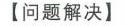
铺垫
如图1 - 1 - 2所示，在梯形 \(ABCD\) 中，\(AB\parallel CD\)，
\(AD = DC = CB = 2\)，\(AD\perp DB\)，\(AB = 4\)，\(DO\)
垂直于 \(AB\)。若点 \(P\) 在梯形的对称轴 \(l\) 上，那么
使\(\triangle PDB\)为等腰三角形的点 \(P\) 有\(\underline{}\)个，
坐标分别是\(\underline{}\)。
图1 - 1 - 2